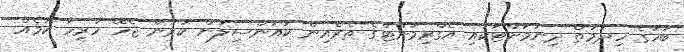
ބަހުގެ ހިދުމަތް ދިނުމަށްޓަކައި އެގްރިމަންޓްގެ ތެރެއިން ކައުންސިލުން ކުރަން ޖެހޭ ހުރިހާ ކަމެއް